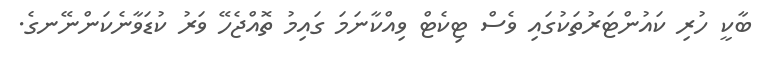
ބާކީ ހުރި ކައުންޓަރުތަކުގައި ވެސް ޓިކެޓް ވިއްކާނަމަ ގައިމު ތޮއްޖެހޭ ވަރު ކުޑަވާނެކަންނޭނގެ.